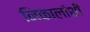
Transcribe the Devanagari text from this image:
निकालांशी